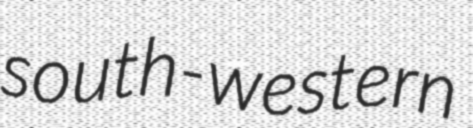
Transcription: south-western